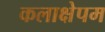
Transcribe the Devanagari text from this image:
कलाक्षेपम